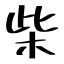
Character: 柴